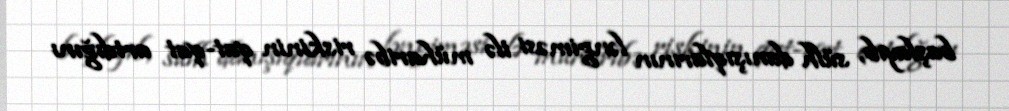
başlayıb, sülh danışıqlarının ləngiməsi ilə müharibə riskinin qat-qat artdığını